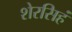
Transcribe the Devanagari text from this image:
शेरसिहं